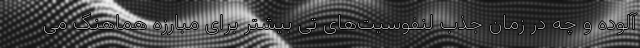
آلوده و چه در زمان جذب لنفوسیت‌های تی بیشتر برای مبارزه هماهنگ می